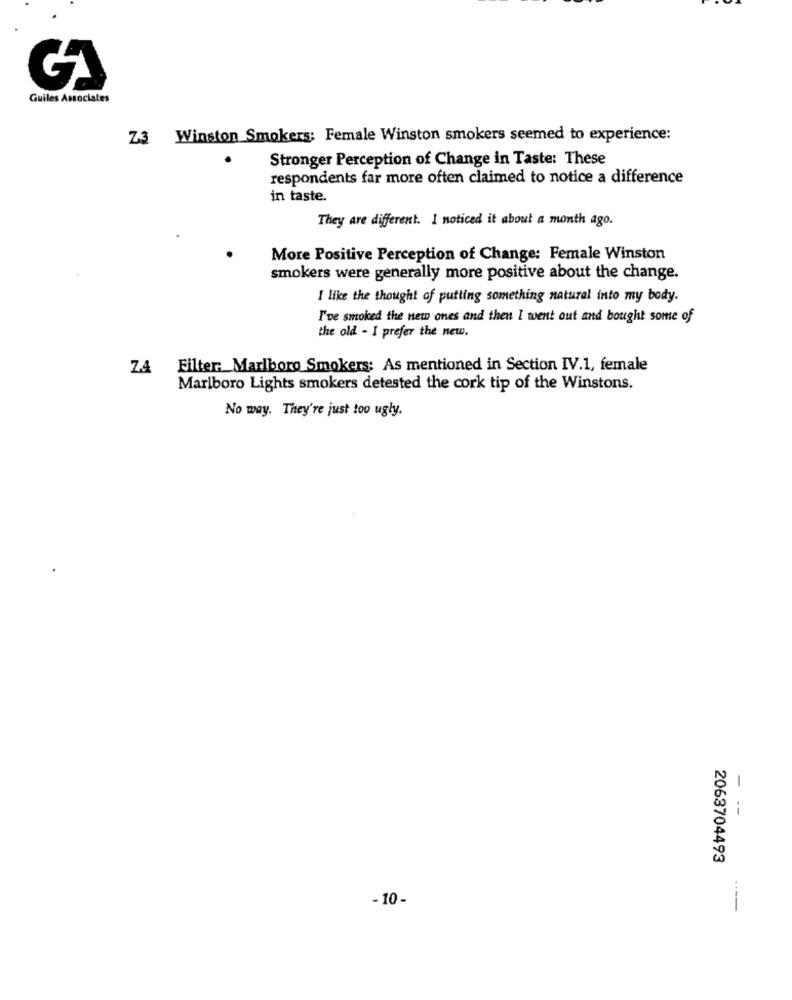
Guiles Associates
Z3
Winston Smokers: Female Winston smokers seemed to experience:
Stronger Perception of Change in Taste: These
respondents far more often claimed to notice a difference
in taste.
They are different. I noticed it about a month ago.
More Positive Perception of Change: Female Winston
smokers were generally more positive about the change.
I like the thought of putting something natural into my body.
I've smoked the new ones and then I went out and bought some of
the old - I prefer the new,
ZA Filter: Marlboro Smokers: As mentioned in Section IV.1, female
Marlboro Lights smokers detested the cork tip of the Winstons.
No way. They're just too ugly.
-
i
2063704493
- 10 -